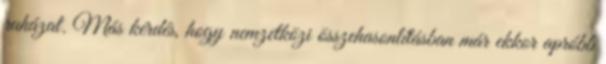
ruházat. Más kérdés, hogy nemzetközi összehasonlításban már ekkor apróbb